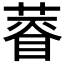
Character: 𱾙